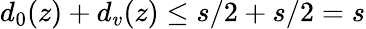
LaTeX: {d_{0}(z)+d_{v}(z)\leq s/2+s/2=s}